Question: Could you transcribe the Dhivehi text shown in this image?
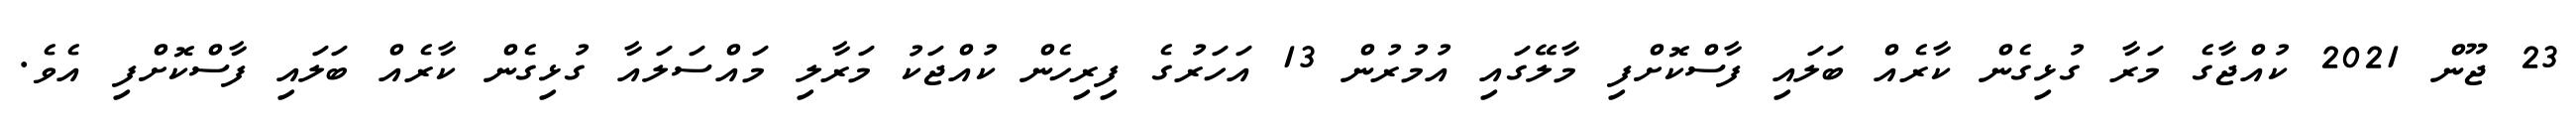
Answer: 23 ޖޫން 2021 ކުއްޖާގެ މަރާ ގުޅިގެން ކާރެއް ބަލައި ފާސްކޮށްފި މާލޭގައި އުމުރުން 13 އަހަރުގެ ފިރިހެން ކުއްޖަކު މަރާލި މައްސަލައާ ގުޅިގެން ކާރެއް ބަލައި ފާސްކޮށްފި އެވެ.